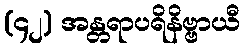
(၄၂) အန္တရာပရိနိဗ္ဗာယီ